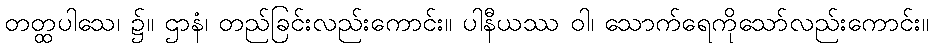
တတ္ထပါသေ၊ ၌။ ဌာနံ၊ တည်ခြင်းလည်းကောင်း။ ပါနီယဿ ဝါ၊ သောက်ရေကိုသော်လည်းကောင်း။